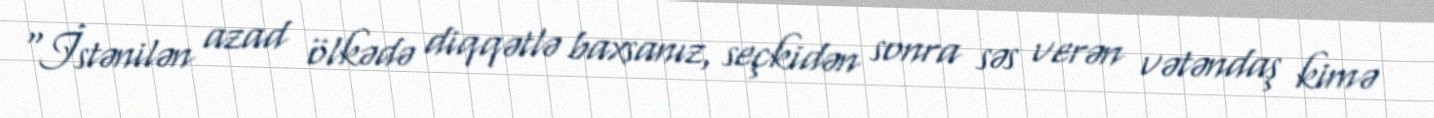
“İstənilən azad ölkədə diqqətlə baxsanız, seçkidən sonra səs verən vətəndaş kimə